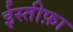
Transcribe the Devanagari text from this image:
ईस्तीफ़ा